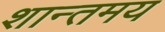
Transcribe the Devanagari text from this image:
शान्तमय